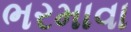
ભરમાવા